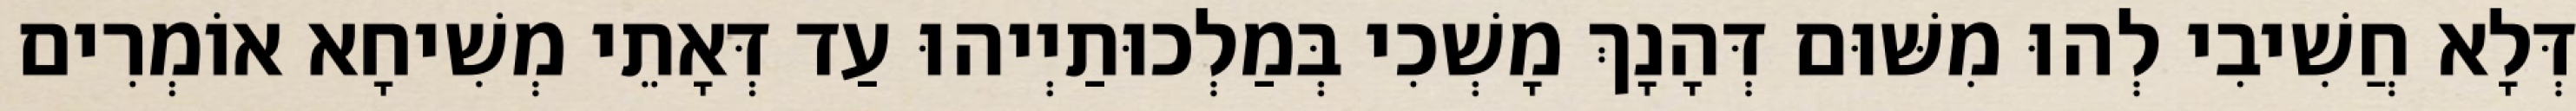
דְּלָא חֲשִׁיבִי לְהוּ מִשּׁוּם דְּהָנָךְ מָשְׁכִי בְּמַלְכוּתַיְיהוּ עַד דְּאָתֵי מְשִׁיחָא אוֹמְרִים